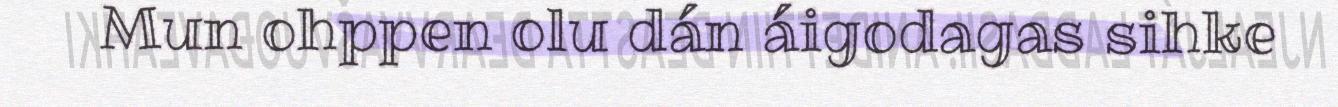
Mun ohppen olu dán áigodagas sihke